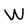
Character: W